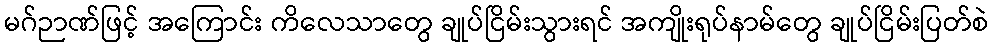
မဂ်ဉာဏ်ဖြင့် အကြောင်း ကိလေသာတွေ ချုပ်ငြိမ်းသွားရင် အကျိုးရုပ်နာမ်တွေ ချုပ်ငြိမ်းပြတ်စဲ